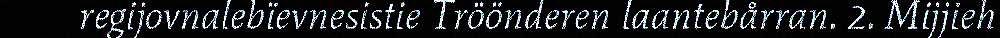
regijovnalebïevnesistie Tröönderen laantebårran. 2. Mijjieh